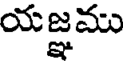
యజ్ఞము